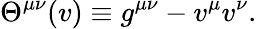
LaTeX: \Theta^{\mu\nu}(v)\equiv g^{\mu\nu}-v^{\mu}v^{\nu}.